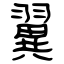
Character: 翼